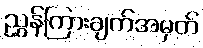
ညွှန်ကြားချက်အမှတ်